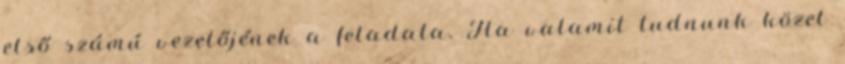
első számú vezetőjének a feladata. Ha valamit tudnunk közel